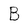
Character: B